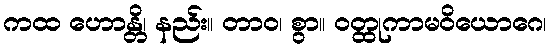
ကထ ဟောန္တိ၊ နည်း။ တာဝ၊ စွာ။ ဝတ္ထုကာမဝိယောဂေ၊